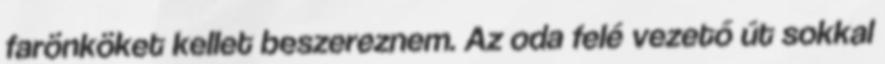
farönköket kellet beszereznem. Az oda felé vezető út sokkal